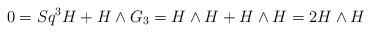
LaTeX: \begin{align*}0=Sq^3 H+H\wedge G_3=H\wedge H+H\wedge H=2 H\wedge H\end{align*}